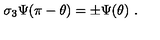
\sigma _ { 3 } \Psi ( \pi - \theta ) = \pm \Psi ( \theta ) \ .